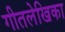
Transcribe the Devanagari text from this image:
गीतलेखिका